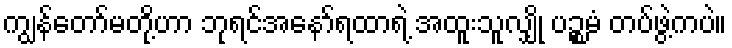
ကျွန်တော်မတို့ဟာ ဘုရင်အနော်ရထာရဲ့ အထူးသူလျှို ပဉ္စမံ တပ်ဖွဲ့ကပဲ။